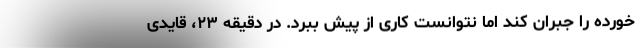
خورده را جبران کند اما نتوانست کاری از پیش ببرد. در دقیقه ۲۳، قایدی